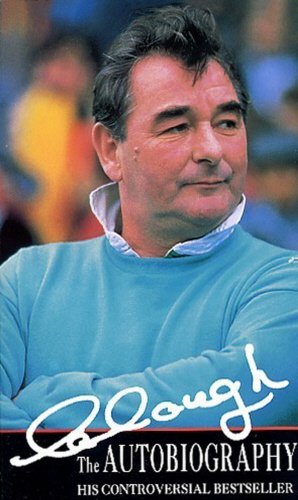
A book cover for Clough: The Autobiography; Brian Clough; Biographies & Memoirs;